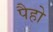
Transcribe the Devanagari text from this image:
पैहो